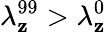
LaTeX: \lambda_{\mathbf{z}}^{99}>\lambda_{\mathbf{z}}^{0}